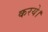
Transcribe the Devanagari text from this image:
करये।